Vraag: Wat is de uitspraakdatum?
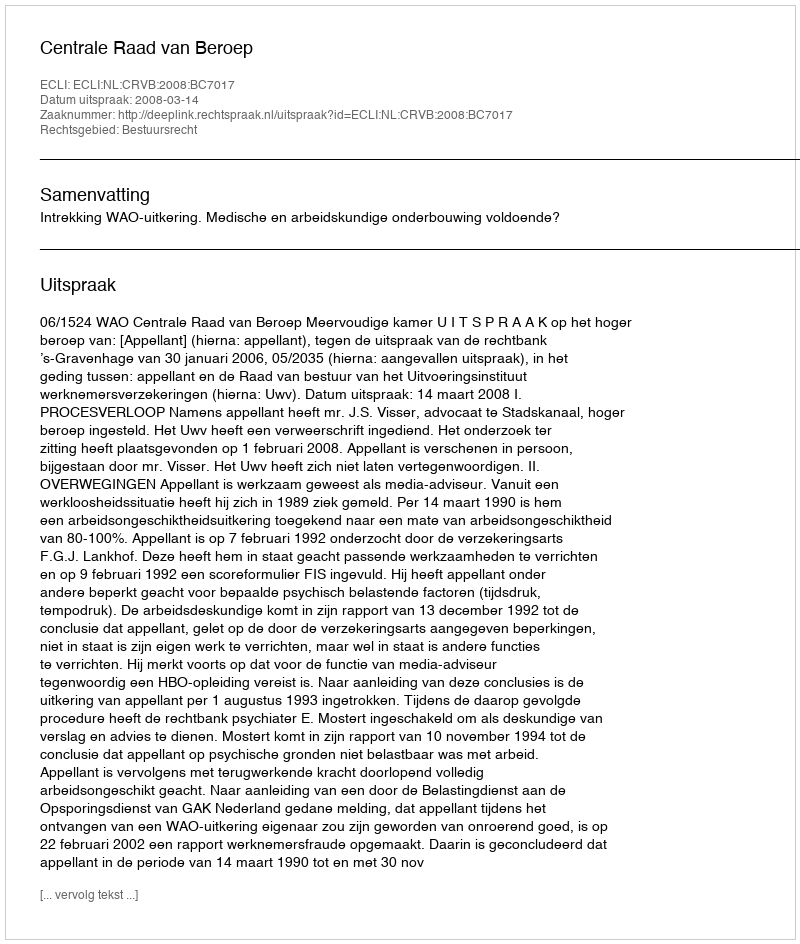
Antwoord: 2008-03-14